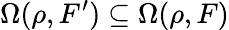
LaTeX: \Omega(\rho,F^{\prime})\subseteq\Omega(\rho,F)